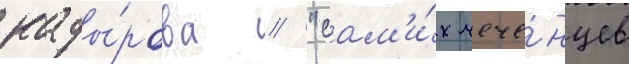
кады́рова / "сам'и́х чече́нцев